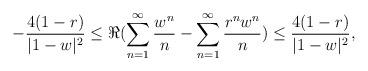
LaTeX: \begin{align*}-\frac{4(1-r)}{|1-w|^{2}}\le \Re(\sum_{n=1}^{\infty}\frac{w^{n}}{n}-\sum_{n=1}^{\infty}\frac{r^{n}w^{n}}{n})\le \frac{4(1-r)}{|1-w|^{2}},\end{align*}